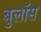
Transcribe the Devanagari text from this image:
बुलॉस